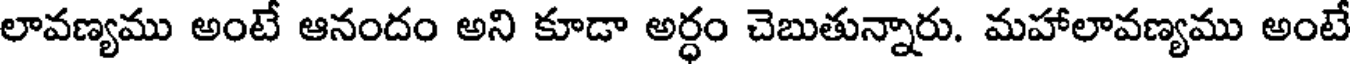
లావణ్యము అంటే ఆనందం అని కూడా అర్ధం చెబుతున్నారు. మహాలావణ్యము అంటే